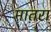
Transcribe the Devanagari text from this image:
मात़रा